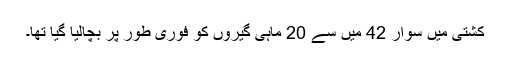
کشتی میں سوار 42 میں سے 20 ماہی گیروں کو فوری طور پر بچالیا گیا تھا۔